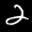
Label: 2